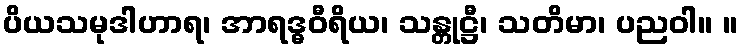
ပိယသမုဒါဟာရ၊ အာရဒ္ဓဝီရိယ၊ သန္တုဋ္ဌီ၊ သတိမာ၊ ပညဝါ။ ။